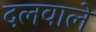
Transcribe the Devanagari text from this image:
दलवाले